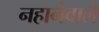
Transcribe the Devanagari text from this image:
नहानेवाले